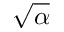
\sqrt { \alpha }